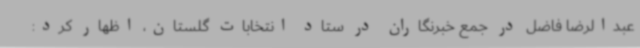
عبدالرضا فاضل در جمع خبرنگاران در ستاد انتخابات گلستان، اظهار کرد: